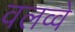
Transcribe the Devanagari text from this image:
वलव्वे